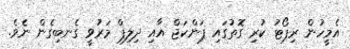
އެމީހުން ރިޕޯޓު ކުރި ގޮތުގައި ޕަންކަޖް އާއި ދިލިޕް މަރުވީ ގެނބިގެން ނެވެ.